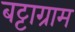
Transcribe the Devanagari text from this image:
बट्टाग्राम